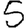
Digit: 5